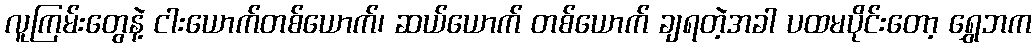
လူကြမ်းတွေနဲ့ ငါးယောက်တစ်ယောက်၊ ဆယ်ယောက် တစ်ယောက် ချရတဲ့အခါ ပထမပိုင်းတော့ ရွှေဘက